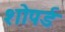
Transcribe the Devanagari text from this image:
शोपर्ड